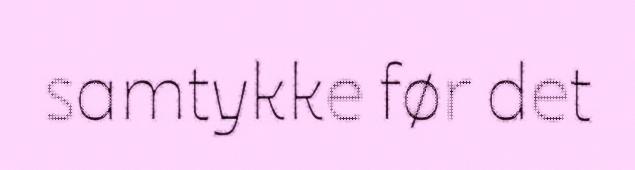
samtykke før det